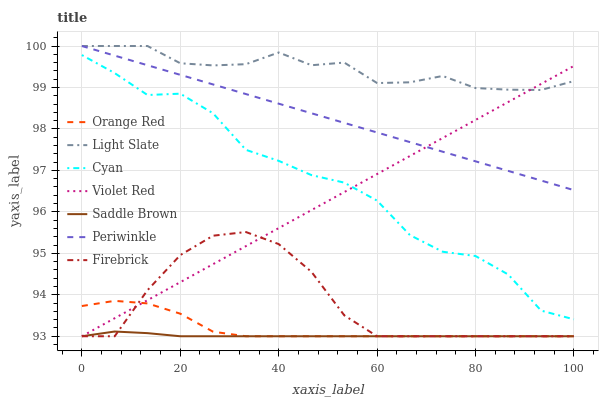
| xaxis_label | Orange Red | Light Slate | Cyan | Violet Red | Saddle Brown | Periwinkle | Firebrick |
 | --- | --- | --- | --- | --- | --- | --- | --- |
 | 0 | 93.7 | 100 | 99.8 | 93 | 93 | 100 | 93 |
 | 6.67 | 93.9 | 100 | 99.3 | 93.4 | 93.1 | 99.8 | 93 |
 | 13.3 | 93.8 | 100 | 98.8 | 93.9 | 93.1 | 99.5 | 94.1 |
 | 20 | 93.5 | 99.6 | 98.9 | 94.3 | 93 | 99.3 | 95 |
 | 26.7 | 93.1 | 99.5 | 98.4 | 94.7 | 93 | 99.1 | 95.4 |
 | 33.3 | 93 | 99.6 | 97.5 | 95.2 | 93 | 98.8 | 95.5 |
 | 40 | 93 | 99.8 | 97.2 | 95.6 | 93 | 98.6 | 95.2 |
 | 46.7 | 93 | 99.5 | 96.9 | 96 | 93 | 98.4 | 94.6 |
 | 53.3 | 93 | 99.6 | 96.7 | 96.5 | 93 | 98.1 | 93.5 |
 | 60 | 93 | 99.1 | 96.3 | 96.9 | 93 | 97.9 | 93 |
 | 66.7 | 93 | 99.1 | 95.4 | 97.3 | 93 | 97.7 | 93 |
 | 73.3 | 93 | 99.3 | 95 | 97.8 | 93 | 97.5 | 93 |
 | 80 | 93 | 99 | 94.9 | 98.2 | 93 | 97.2 | 93 |
 | 86.7 | 93 | 98.9 | 94.5 | 98.7 | 93 | 97 | 93 |
 | 93.3 | 93 | 98.9 | 93.6 | 99.1 | 93 | 96.8 | 93 |
 | 100 | 93 | 99.2 | 93.4 | 99.5 | 93 | 96.5 | 93 |